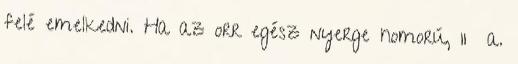
felé emelkedni. Ha az orr egész nyerge homorú, 11 a.